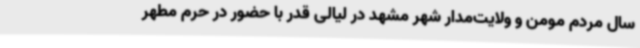
سال مردم مومن و ولایت‌مدار شهر مشهد در لیالی قدر با حضور در حرم مطهر